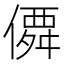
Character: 僲